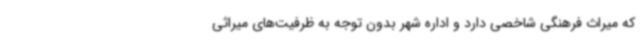
که میراث فرهنگی شاخصی دارد و اداره شهر بدون توجه به ظرفیت‌های میراثی